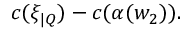
c ( \xi _ { | Q } ) - c ( \alpha ( w _ { 2 } ) ) .